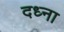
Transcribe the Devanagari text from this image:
दध्ना